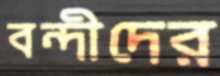
বন্দীদের